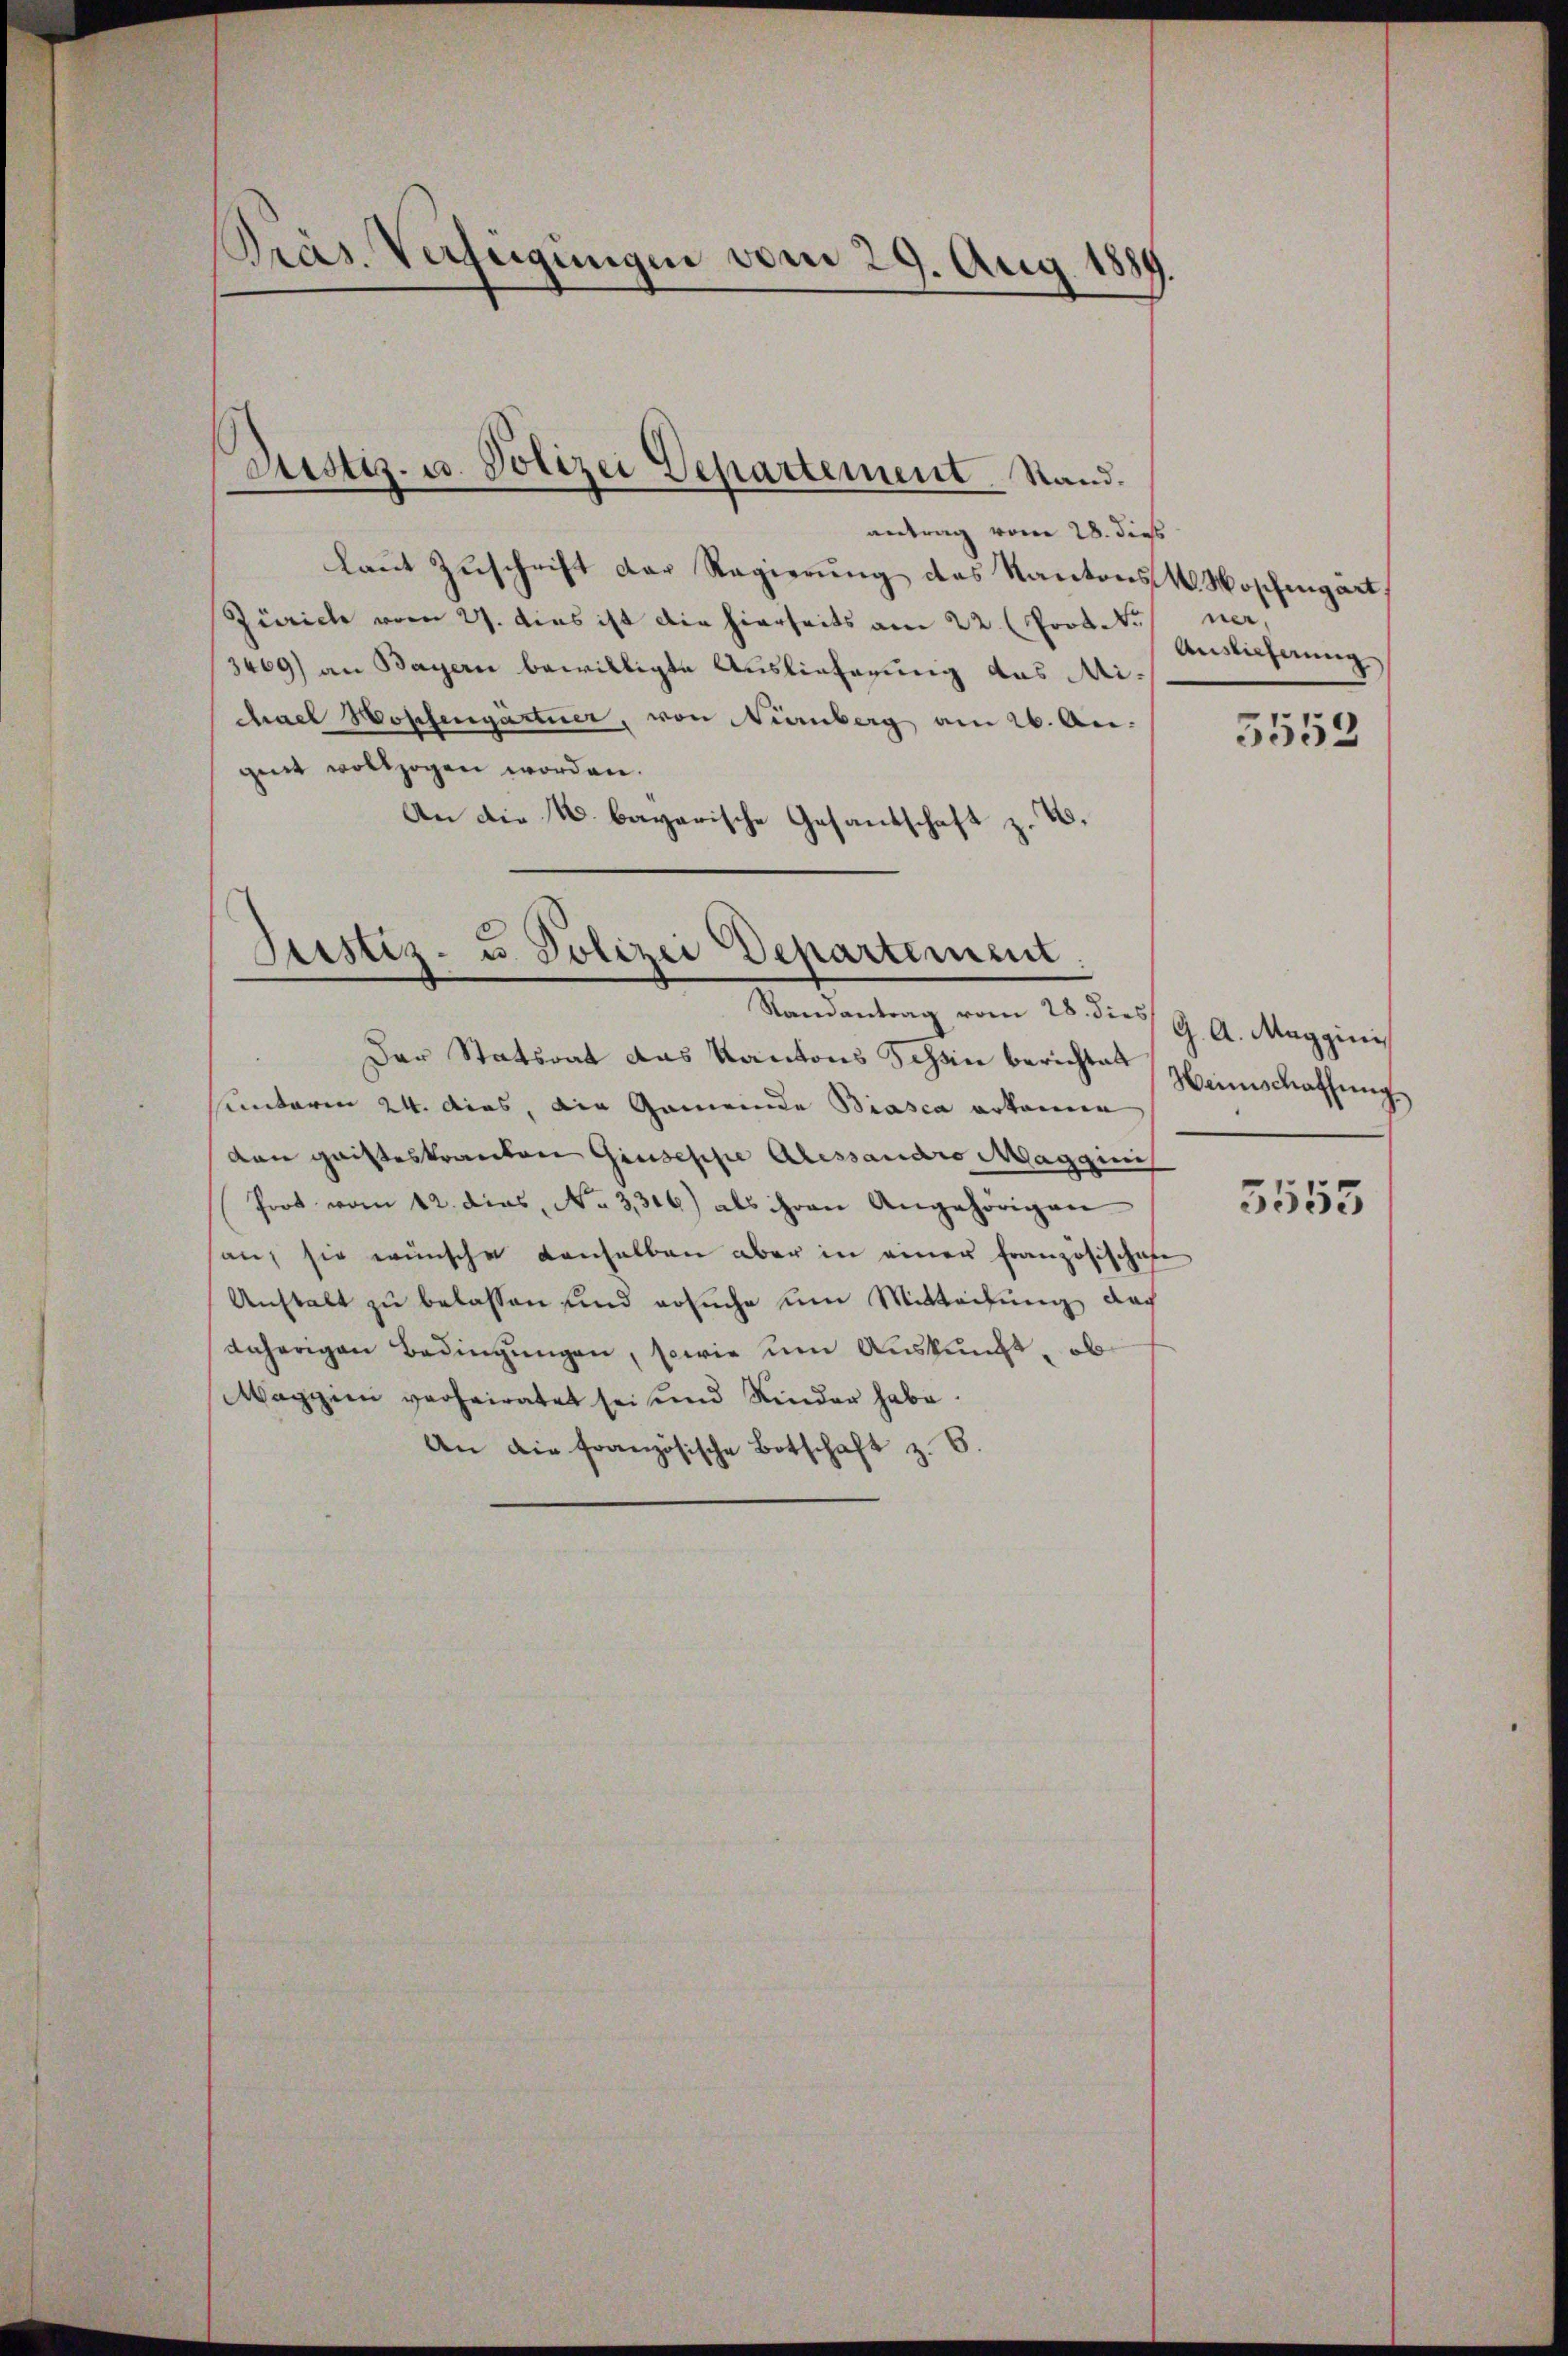
Präs. Verzeigungen vom 29. Aug. 1889.

Dustiz- u. Polizei Departement. Stand.

laut Zuschrift der Regierung des Kantons-M. Woschingart
Zürich vom 27. dies ist die hierseits am 22. (Prot. Noner,
3469) an Bayern bewilligte Auslieferung des Michael Hoffengartner, von Nienberg am 26. Au-
geit vollzogen worden.
An die N. bagarische Gesandschaft z. B.

Justiz- u. Polizei Departement.
Randantrag vom 28. dies

antrag vom 28. dies

Der Statsrat das Kantons Schon berichtet
sunterm 24. dies, die Gemeinde Biasca erkennen
van Gaisteskranten Giuseppe Alessandro Magginis
Prot. vom 12. dies, No 3316) als ihren Angehörigen
an; sie wünsche denselben aber in einer Französischafe
Anstalt zu belassen und ersuche um Mitteifung doch
daherigen Bedingŭngen, sowie um Auskunft, ob
Maggin verheiratet sei und Kinder habe.
An die französische Botschaft z. B.

Auslicherung

5552

G. A. Maggini
Weinschaffung
5555